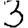
Digit: 3